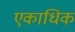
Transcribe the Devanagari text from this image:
एकाधिक